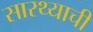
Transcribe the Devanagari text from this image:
सारथ्याची